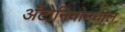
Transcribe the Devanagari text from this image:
अँटोनियोमधील